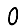
Digit: 0